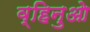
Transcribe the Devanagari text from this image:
व्हिनुओ